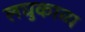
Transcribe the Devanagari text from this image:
लघुकाव्य